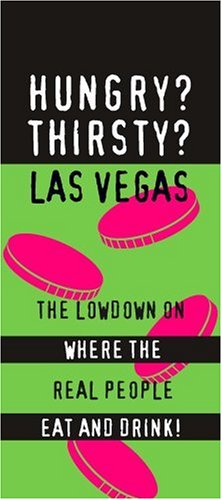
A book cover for HUNGRY? THIRSTY? LAS VEGAS; First Last; Travel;